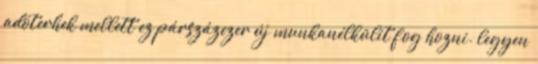
adóterhek mellett ez párszázezer új munkanélkülit fog hozni. legyen